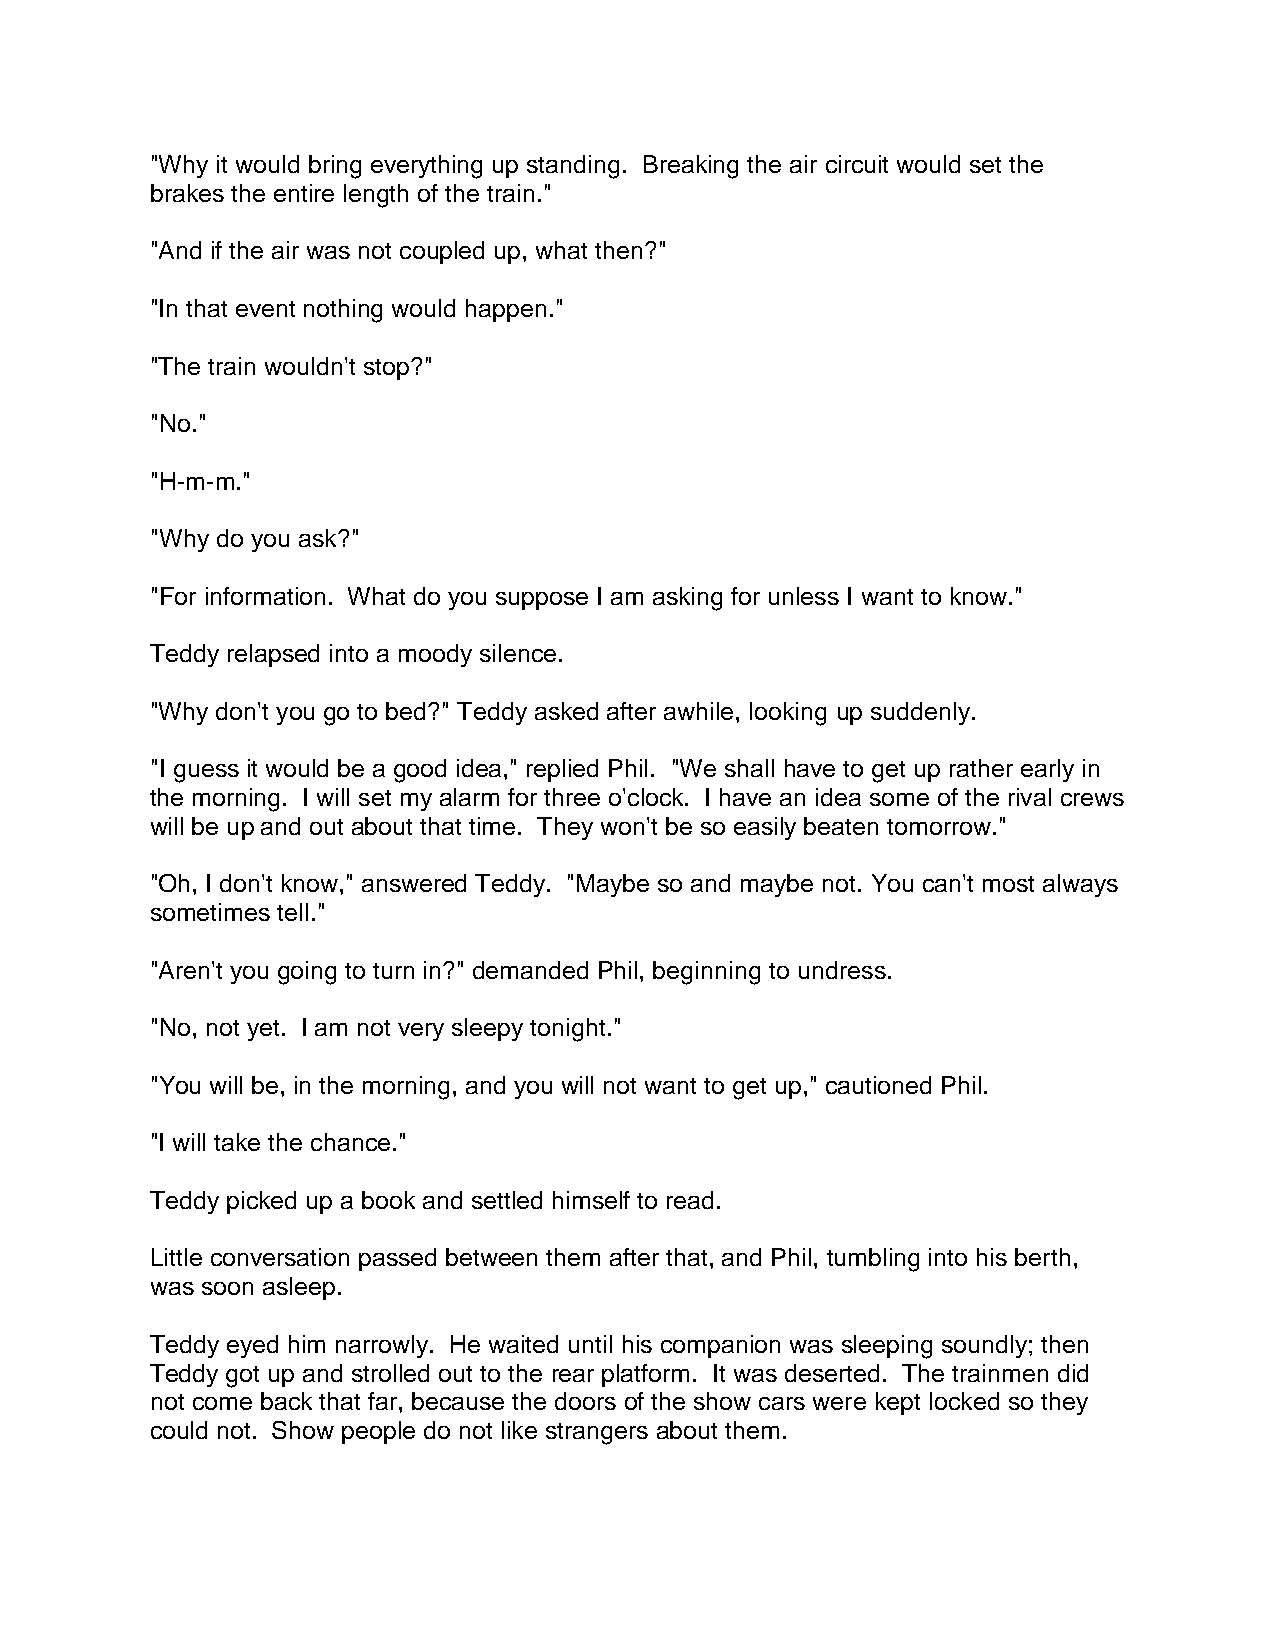
"Why it would bring everything up standing. Breaking the air circuit would set the
 brakes the entire length of the train."
 "And if the air was not coupled up, what then?"
 "In that event nothing would happen."
 "The train wouldn't stop?"
 "No."
 "H-m-m."
 "Why do you ask?"
 "For information. What do you suppose I am asking for unless I want to know."
 Teddy relapsed into a moody silence.
 "Why don't you go to bed?" Teddy asked after awhile, looking up suddenly.
 "I guess it would be a good idea," replied Phil. "We shall have to get up rather early in
 the morning. I will set my alarm for three o'clock. I have an idea some of the rival crews
 will be up and out about that time. They won't be so easily beaten tomorrow."
 "Oh, I don't know," answered Teddy. "Maybe so and maybe not. You can't most always
 sometimes tell."
 "Aren't you going to turn in?" demanded Phil, beginning to undress.
 "No, not yet. I am not very sleepy tonight."
 "You will be, in the morning, and you will not want to get up," cautioned Phil.
 "I will take the chance."
 Teddy picked up a book and settled himself to read.
 Little conversation passed between them after that, and Phil, tumbling into his berth,
 was soon asleep.
 Teddy eyed him narrowly. He waited until his companion was sleeping soundly; then
 Teddy got up and strolled out to the rear platform. It was deserted. The trainmen did
 not come back that far, because the doors of the show cars were kept locked so they
 could not. Show people do not like strangers about them.